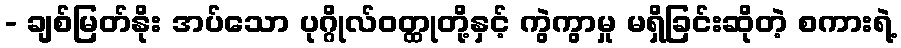
- ချစ်မြတ်နိုး အပ်သော ပုဂ္ဂိုလ်ဝတ္ထုတို့နှင့် ကွဲကွာမှု မရှိခြင်းဆိုတဲ့ စကားရဲ့